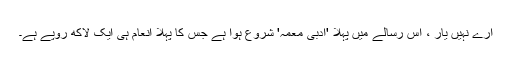
ارے نہیں یار ، اس رسالے میں پہلا 'ادبی معمہ' شروع ہوا ہے جس کا پہلا انعام ہی ایک لاکھ روپے ہے۔